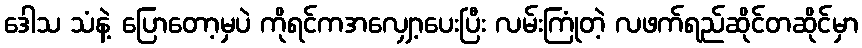
ဒေါသ သံနဲ့ ပြောတော့မှပဲ ကိုရင်ကအလျှော့ပေးပြီး လမ်းကြုံတဲ့ လဖက်ရည်ဆိုင်တဆိုင်မှာ